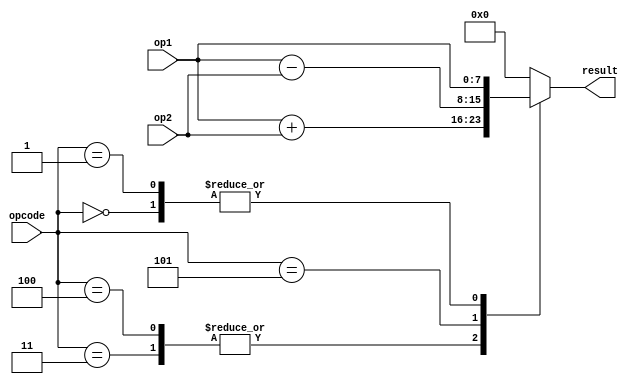
`timescale 1ns / 1ps
//////////////////////////////////////////////////////////////////////////////////
//   SUBMISSION 
//////////////////////////////////////////////////////////////////////////////////

//ALU
module ALU(opcode, op1, op2, result);
input [2:0] opcode;
input [7:0] op1, op2; // op1 is address for LW and SW
output reg [7:0] result;
parameter [2:0] lw = 3'b000, sw = 3'b001, jmp = 3'b010, add = 3'b011, addi = 3'b100, sub = 3'b101;
    always @(opcode or op1 or op2) //update result on any of these changing
        begin 
        case(opcode)
        add:
        begin
            result = op1 + op2;
        end
        addi:
        begin
            result = op1 + op2;
        end
        sub:
        begin
            result = op1 - op2;
        end
        lw:
        begin
            result = op1;
        end
        sw:
        begin
            result = op1;
        end        
        default:
        begin
            result = 8'b0;
        end
        endcase     
        end
endmodule